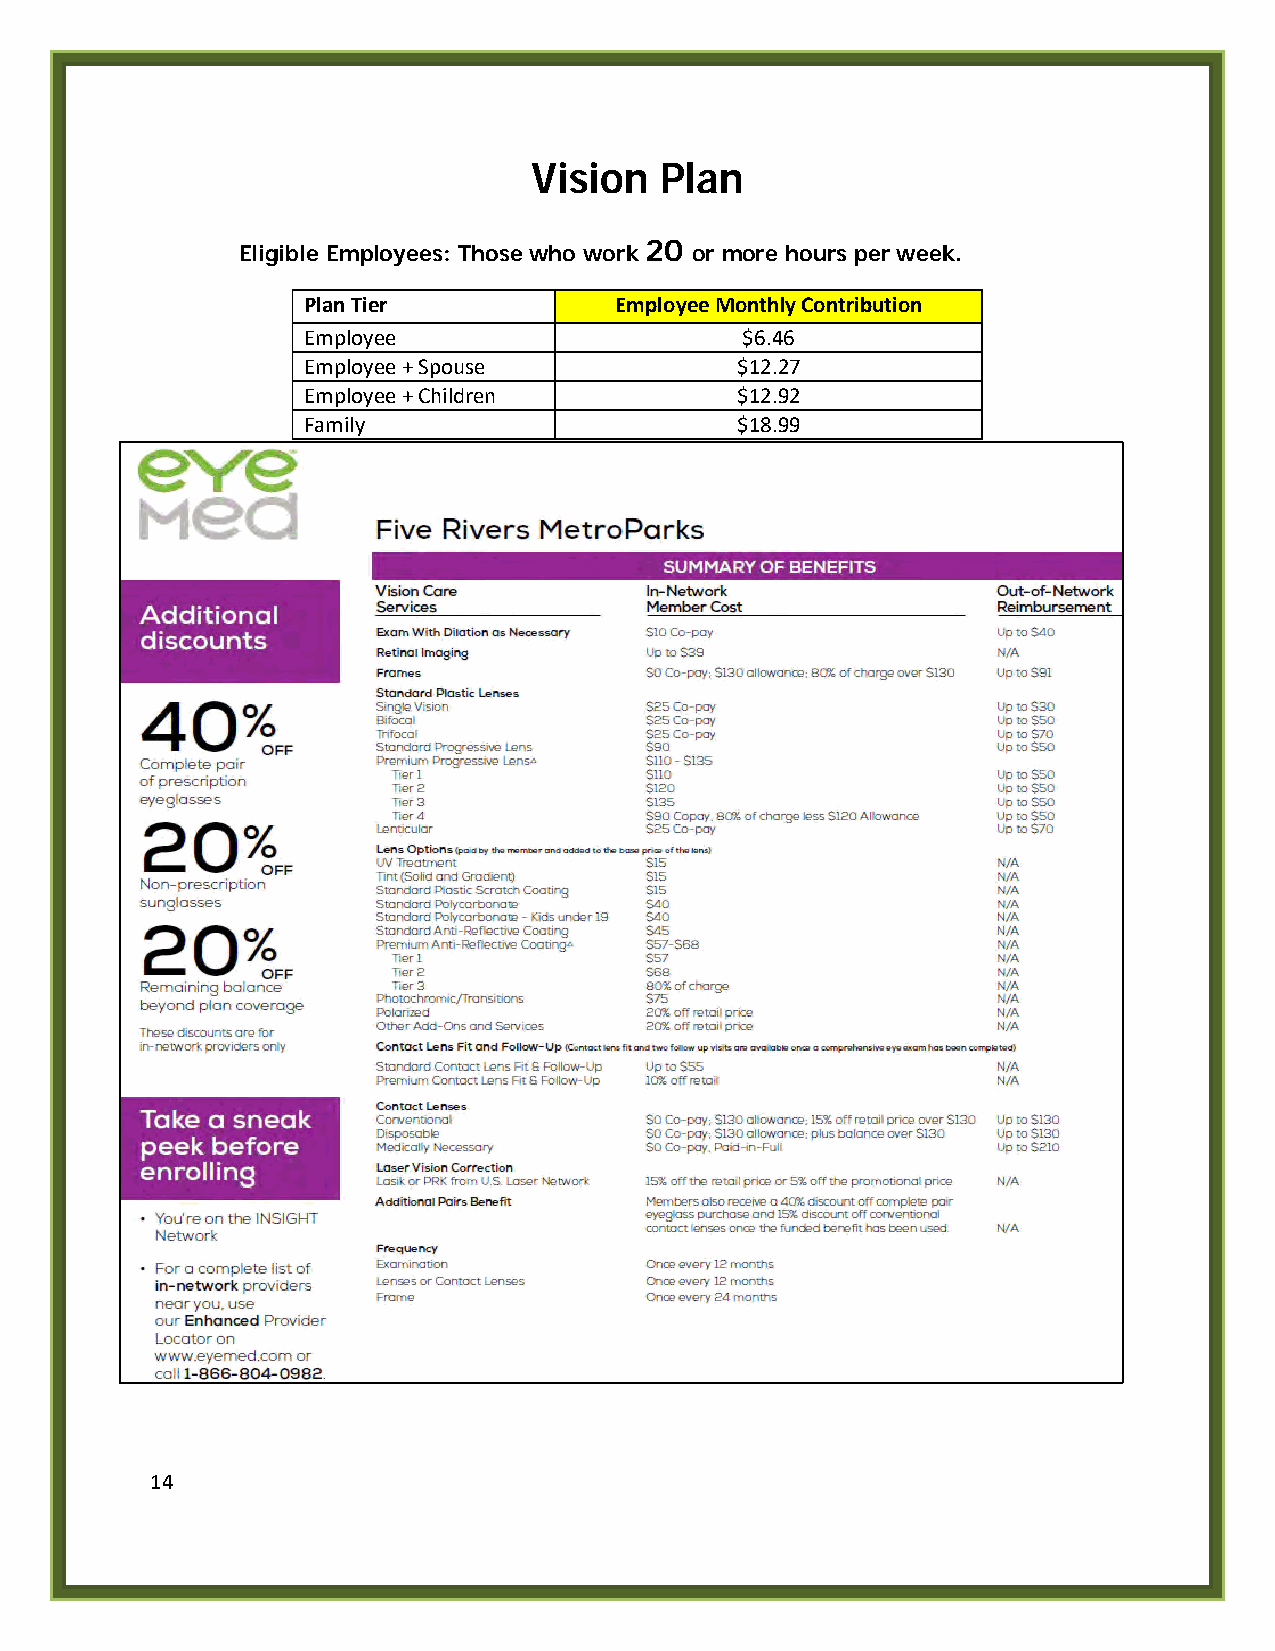
Vision   Plan
 Eligible Employees: Those who work 20 or more hours per week.
 Plan Tier            Employee Monthly Contribution
 Employee                     $6.46
 Employee + Spouse            $12.27
 Employee + Children          $12.92
 Family                       $18.99
 14